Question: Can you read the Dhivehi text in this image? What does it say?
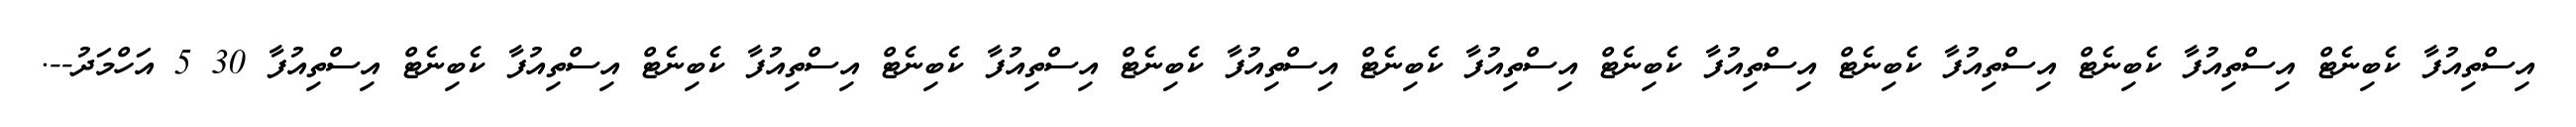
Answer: އިސްތިއުފާ ކެބިނެޓް އިސްތިއުފާ ކެބިނެޓް އިސްތިއުފާ ކެބިނެޓް އިސްތިއުފާ ކެބިނެޓް އިސްތިއުފާ ކެބިނެޓް އިސްތިއުފާ ކެބިނެޓް އިސްތިއުފާ ކެބިނެޓް އިސްތިއުފާ ކެބިނެޓް އިސްތިއުފާ ކެބިނެޓް އިސްތިއުފާ 30 5 އަހްމަދު--.